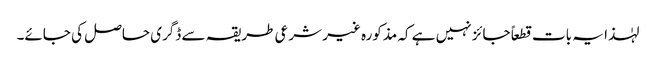
لہٰذا یہ بات قطعاً جائز نہیں ہے کہ مذکورہ غیر شرعی طریقہ سے ڈگری حاصل کی جائے۔